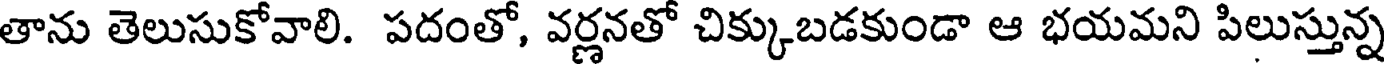
తాను తెలుసుకోవాలి. పదంతో, వర్లనతో చిక్కుబడకుండా ఆ భయమని పిలుస్తున్న